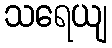
သရေယျ